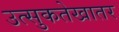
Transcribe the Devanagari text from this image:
उत्सुकतेखातर